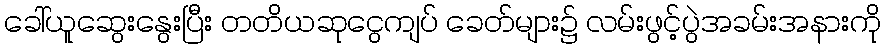
ခေါ်ယူဆွေးနွေးပြီး တတိယဆုငွေကျပ် ခေတ်များ၌ လမ်းဖွင့်ပွဲအခမ်းအနားကို